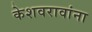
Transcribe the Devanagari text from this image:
केशवरावांना